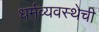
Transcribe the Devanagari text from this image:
धर्मव्यवस्थेची